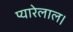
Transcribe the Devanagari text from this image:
प्यारेलाल।